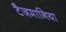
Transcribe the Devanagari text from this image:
टैजमानिया